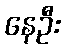
နေဦး